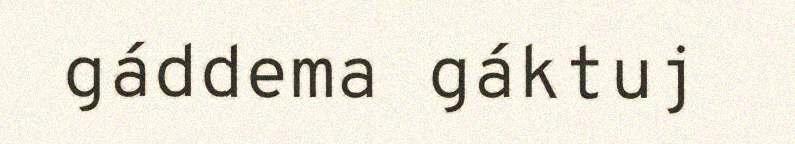
gáddema gáktuj